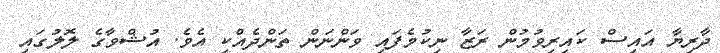
ދާރިޔާ އައިސް ކައިރިވުމުން ރަޒާ ނިކުމެފައި ވަންނަން ތަންދެއްކި އެވެ. އުޝްވާގެ ލޮލުގައި